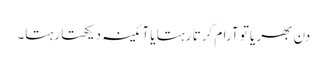
دن بھر یا تو آرام کرتا رہتا یا آئینہ دیکھتا رہتا۔